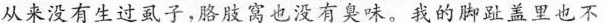
从来没有生过虱子，胳肢窝也没有臭味。我的脚趾盖里也不